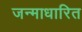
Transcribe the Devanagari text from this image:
जन्‍माधारित